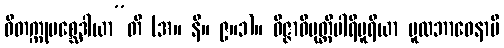
ဝိတက္ကုပစ္ဆေဒါယာ”တိ (အ။ နိ။ ၉။၁)။ ဝိဇ္ဇာဝိမုတ္တိပါရိပူရိယာ မူလဘာဝေနာပိ